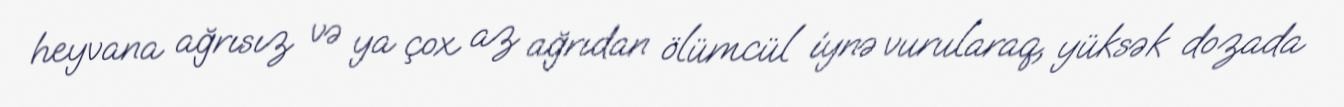
heyvana ağrısız və ya çox az ağrıdan ölümcül iynə vurularaq, yüksək dozada